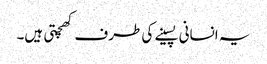
یہ انسانی پسینے کی طرف کھچتی ہیں۔